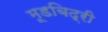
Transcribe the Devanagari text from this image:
मूडबिद्री